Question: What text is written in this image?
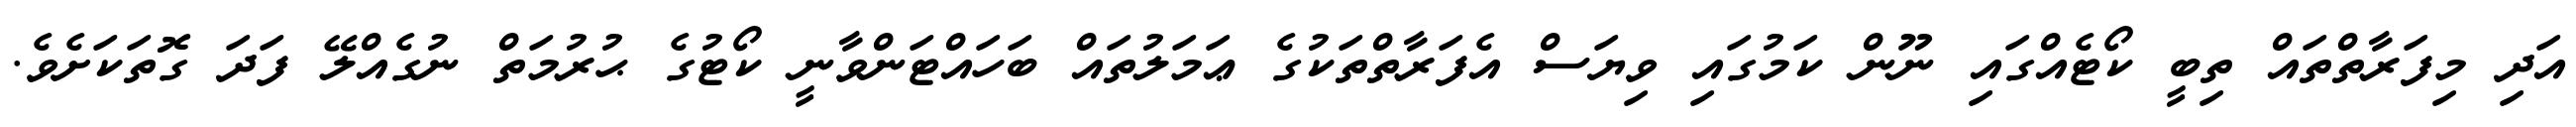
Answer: އަދި މިފަރާތްތައް ތިބީ ކޯޓެއްގައި ނޫން ކަމުގައި ވިޔަސް އެފަރާތްތަކުގެ ޢަމަލުތައް ބަހައްޓަންވާނީ ކޯޓުގެ ޙުރުމަތް ނުގެއްލޭ ފަދަ ގޮތަކަށެވެ.